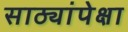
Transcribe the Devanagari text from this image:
साठ्यांपेक्षा